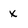
Character: x